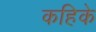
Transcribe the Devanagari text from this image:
कहिके